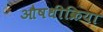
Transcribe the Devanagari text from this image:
औषधीक्रिया